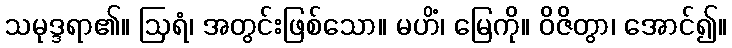
သမုဒ္ဒရာ၏။ ဩရံ၊ အတွင်းဖြစ်သော။ မဟိံ၊ မြေကို။ ဝိဇိတွာ၊ အောင်၍။